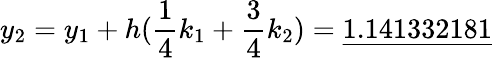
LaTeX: y_{2}=y_{1}+h({\frac{1}{4}}k_{1}+{\frac{3}{4}}k_{2})={\underline{{1.141332181}}}